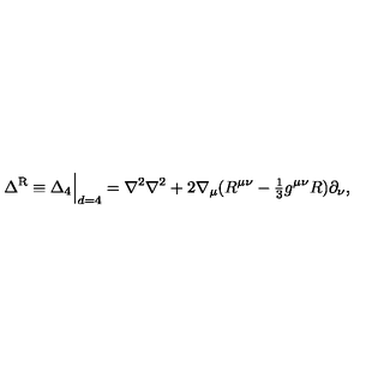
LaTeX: \Delta ^ { \mathrm { { R } } } \equiv \Delta _ { 4 } \Big | _ { d = 4 } = \nabla ^ { 2 } \nabla ^ { 2 } + 2 \nabla _ { \mu } ( R ^ { \mu \nu } - { \textstyle { \frac { 1 } { 3 } } } g ^ { \mu \nu } R ) \partial _ { \nu } ,